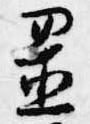
置